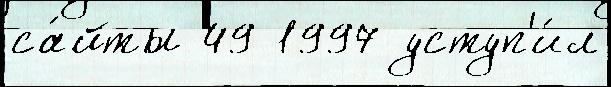
са́йты 49 1997 уступ'и́л